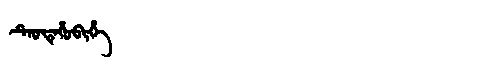
Manchu: ᡨᡝᠣᡩᡝᡥᠣᠪᡳᡥᡝ
Romanization: TEODEHOBIHE